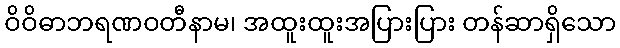
ဝိဝိဓာဘရဏဝတီနာမ၊ အထူးထူးအပြားပြား တန်ဆာရှိသော